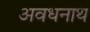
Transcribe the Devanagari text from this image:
अवधनाथ